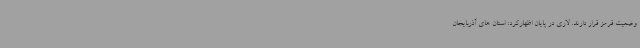
وضعیت قرمز قرار دارند. لاری در پایان اظهارکرد: استان های آذربایجان